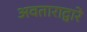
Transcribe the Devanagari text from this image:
अवताराद्वारे